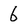
Character: 6